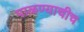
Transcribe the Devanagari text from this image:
पाळण्याचीच